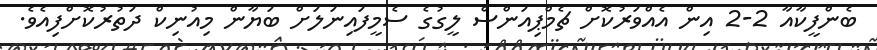
ބެންފީކާއާ 2-2 އިން އެއްވަރުކޮށް ޗެމްޕިއަންސް ލީގުގެ ސެމީފައިނަލަށް ބަޔާން މިއުނިކް ދަތުރުކޮށްފިއެވެ.